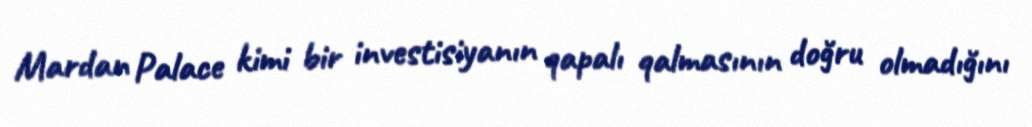
Mardan Palace kimi bir investisiyanın qapalı qalmasının doğru olmadığını